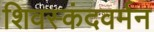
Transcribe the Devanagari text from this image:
शिवस्कंदवर्मन